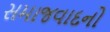
સમાજવાદનો